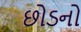
છોડનો